Treatise on elephants
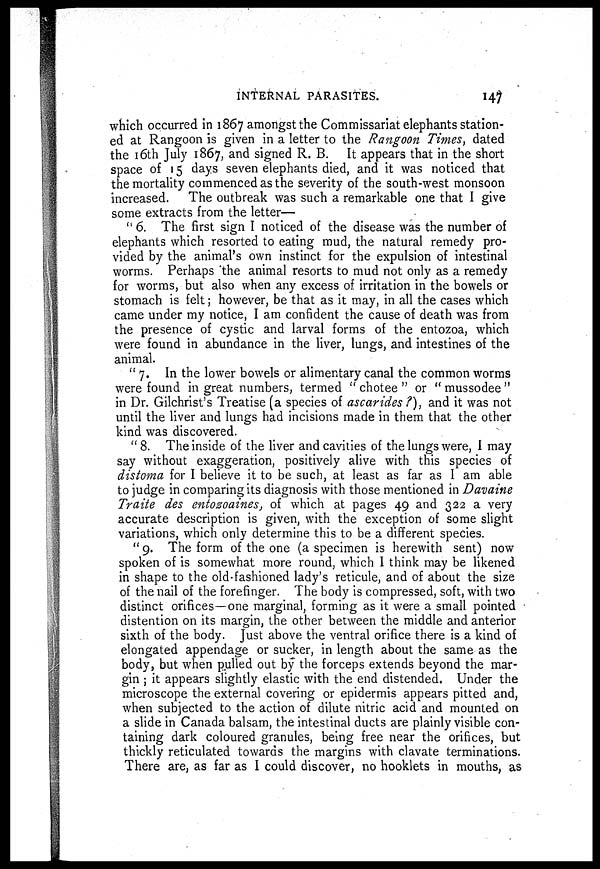
INTERNAL PARASITES.
147
which occurred in 1867 amongst the Commissariat elephants station-
ed at Rangoon is given in a letter to the Rangoon Times, dated
the 16th July 1867, and signed R. B. It appears that in the short
space of 15 days seven elephants died, and it was noticed that
the mortality commenced as the severity of the south-west monsoon
increased. The outbreak was such a remarkable one that I give
some extracts from the letter—
"6. The first sign I noticed of the disease was the number of
elephants which resorted to eating mud, the natural remedy pro-
vided by the animal's own instinct for the expulsion of intestinal
worms. Perhaps the animal resorts to mud not only as a remedy
for worms, but also when any excess of irritation in the bowels or
stomach is felt; however, be that as it may, in all the cases which
came under my notice, I am confident the cause of death was from
the presence of cystic and larval forms of the entozoa, which
were found in abundance in the liver, lungs, and intestines of the
animal.
" 7. In the lower bowels or alimentary canal the common worms
were found in great numbers, termed " chotee " or " mussodee "
in Dr. Gilchrist's Treatise (a species of ascarides ?), and it was not
until the liver and lungs had incisions made in them that the other
kind was discovered.
" 8. The inside of the liver and cavities of the lungs were, I may
say without exaggeration, positively alive with this species of
distoma for I believe it to be such, at least as far as I am able
to judge in comparing its diagnosis with those mentioned in Davaine
Traite des entozoaines, of which at pages 49 and 322 a very
accurate description is given, with the exception of some slight
variations, which only determine this to be a different species.
" 9. The form of the one (a specimen is herewith sent) now
spoken of is somewhat more round, which I think may be likened
in shape to the old-fashioned lady's reticule, and of about the size
of the nail of the forefinger. The body is compressed, soft, with two
distinct orifices—one marginal, forming as it were a small pointed
distention on its margin, the other between the middle and anterior
sixth of the body. Just above the ventral orifice there is a kind of
elongated appendage or sucker, in length about the same as the
body, but when pulled out by the forceps extends beyond the mar-
gin ; it appears slightly elastic with the end distended. Under the
microscope the external covering or epidermis appears pitted and,
when subjected to the action of dilute nitric acid and mounted on
a slide in Canada balsam, the intestinal ducts are plainly visible con-
taining dark coloured granules, being free near the orifices, but
thickly reticulated towards the margins with clavate terminations.
There are, as far as I could discover, no hooklets in mouths, as